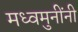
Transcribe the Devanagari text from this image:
मध्वमुनींनी